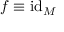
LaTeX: f \equiv \mathrm { i d } _ { M }